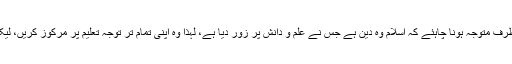
ان کا کہنا تھا کہ ہندوستان کے مسلمانوں کو اس بات کی طرف متوجہ ہونا چاہئے کہ اسلام وہ دین ہے جس نے علم و دانش پر زور دیا ہے، لہٰذا وہ اپنی تمام تر توجہ تعلیم پر مرکوز کریں، لیکن جب ہم نتائج دیکھتے ہیں تو وہ مایوس کن نظر آتے ہیں۔